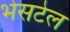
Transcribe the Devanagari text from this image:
भेसटेल